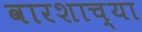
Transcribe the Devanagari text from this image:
वारशाच्‍या